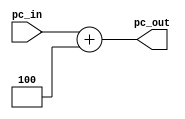
module pc_add4 (input [31:0] pc_in,
                output reg [31:0] pc_out);
always @(pc_in) 
begin
 pc_out= pc_in +4;
end
endmodule